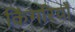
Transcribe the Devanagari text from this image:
किंगरियाँ